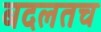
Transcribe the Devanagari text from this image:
बदलतच